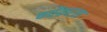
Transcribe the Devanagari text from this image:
चर्चेकरता